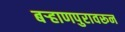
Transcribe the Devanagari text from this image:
बऱ्हाणपुरावरून